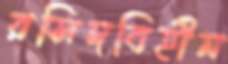
রসিদবিহীন